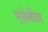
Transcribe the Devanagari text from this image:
एसेलेरेटर